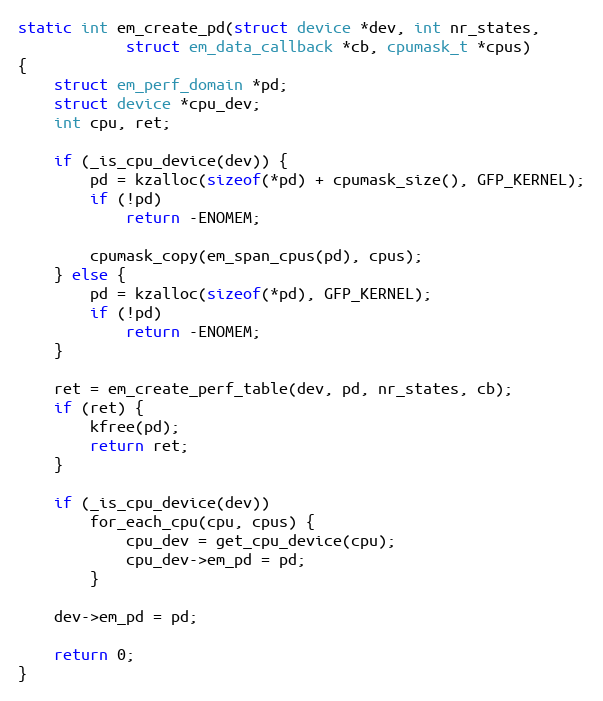
Language: C
static int em_create_pd(struct device *dev, int nr_states,
			struct em_data_callback *cb, cpumask_t *cpus)
{
	struct em_perf_domain *pd;
	struct device *cpu_dev;
	int cpu, ret;

	if (_is_cpu_device(dev)) {
		pd = kzalloc(sizeof(*pd) + cpumask_size(), GFP_KERNEL);
		if (!pd)
			return -ENOMEM;

		cpumask_copy(em_span_cpus(pd), cpus);
	} else {
		pd = kzalloc(sizeof(*pd), GFP_KERNEL);
		if (!pd)
			return -ENOMEM;
	}

	ret = em_create_perf_table(dev, pd, nr_states, cb);
	if (ret) {
		kfree(pd);
		return ret;
	}

	if (_is_cpu_device(dev))
		for_each_cpu(cpu, cpus) {
			cpu_dev = get_cpu_device(cpu);
			cpu_dev->em_pd = pd;
		}

	dev->em_pd = pd;

	return 0;
}